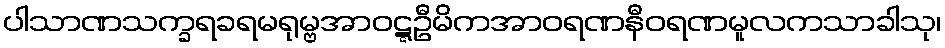
ပါသာဏသက္ခရခရမရုမ္ဗအာဝဋ္ဋဦမိကအာဝရဏနီဝရဏမူလကသာခါသု၊